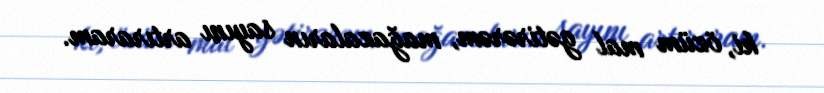
ki, özüm mal gətirərəm, mağazaların sayını artıraram.